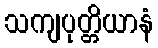
သကျပုတ္တိယာနံ